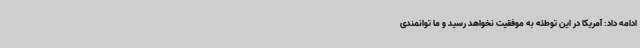
ادامه داد: آمریکا در این توطئه به موفقیت نخواهد رسید و ما توانمندی